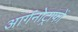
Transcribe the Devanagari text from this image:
आर्गनोट्राफों